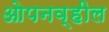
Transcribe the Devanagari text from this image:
ओपनव्हील